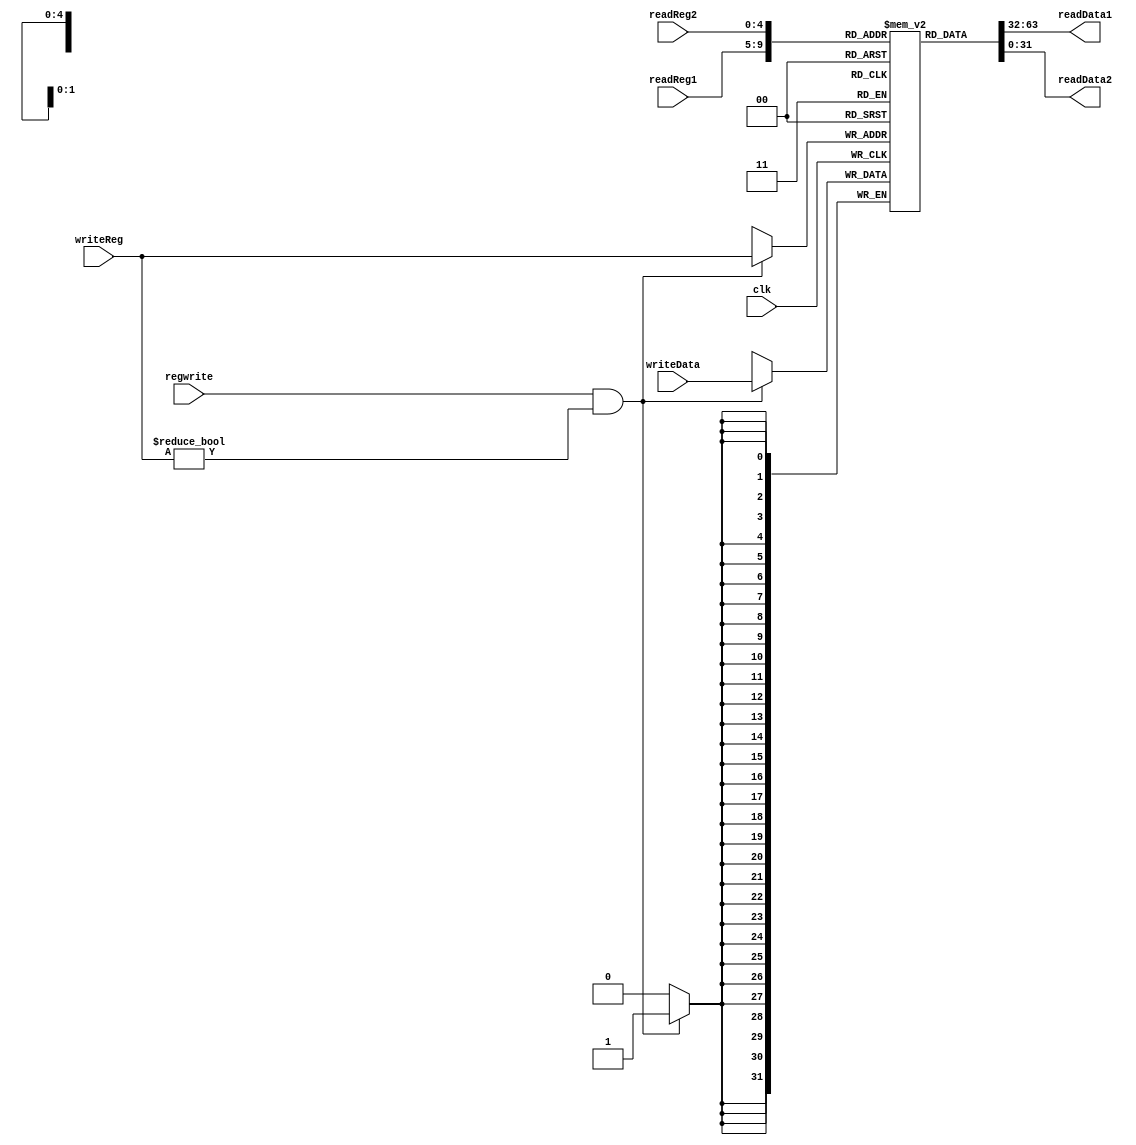
module RegFile(input clk, input [4:0] readReg1, readReg2, writeReg, input regwrite, input [31:0] writeData,
		output [31:0] readData1, readData2);
	reg [31:0] MemReg [0:31];


	integer index;
	initial begin
  		for (index=0; index < 32; index = index + 1)
  			MemReg[index] = 0;
	end
	always@(posedge clk)begin
		#1
		if(regwrite && writeReg != 0) MemReg[writeReg] <= writeData;
	end

	assign readData1 = MemReg[readReg1];
	assign readData2 = MemReg[readReg2];
endmodule